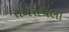
રાચરચિલા